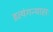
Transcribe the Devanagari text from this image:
इत्यंगन्यासः